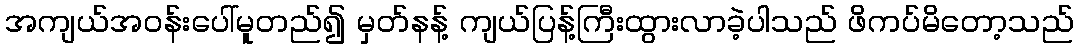
အကျယ်အဝန်းပေါ်မူတည်၍ မှတ်နန့် ကျယ်ပြန့်ကြီးထွားလာခဲ့ပါသည် ဖိကပ်မိတော့သည်